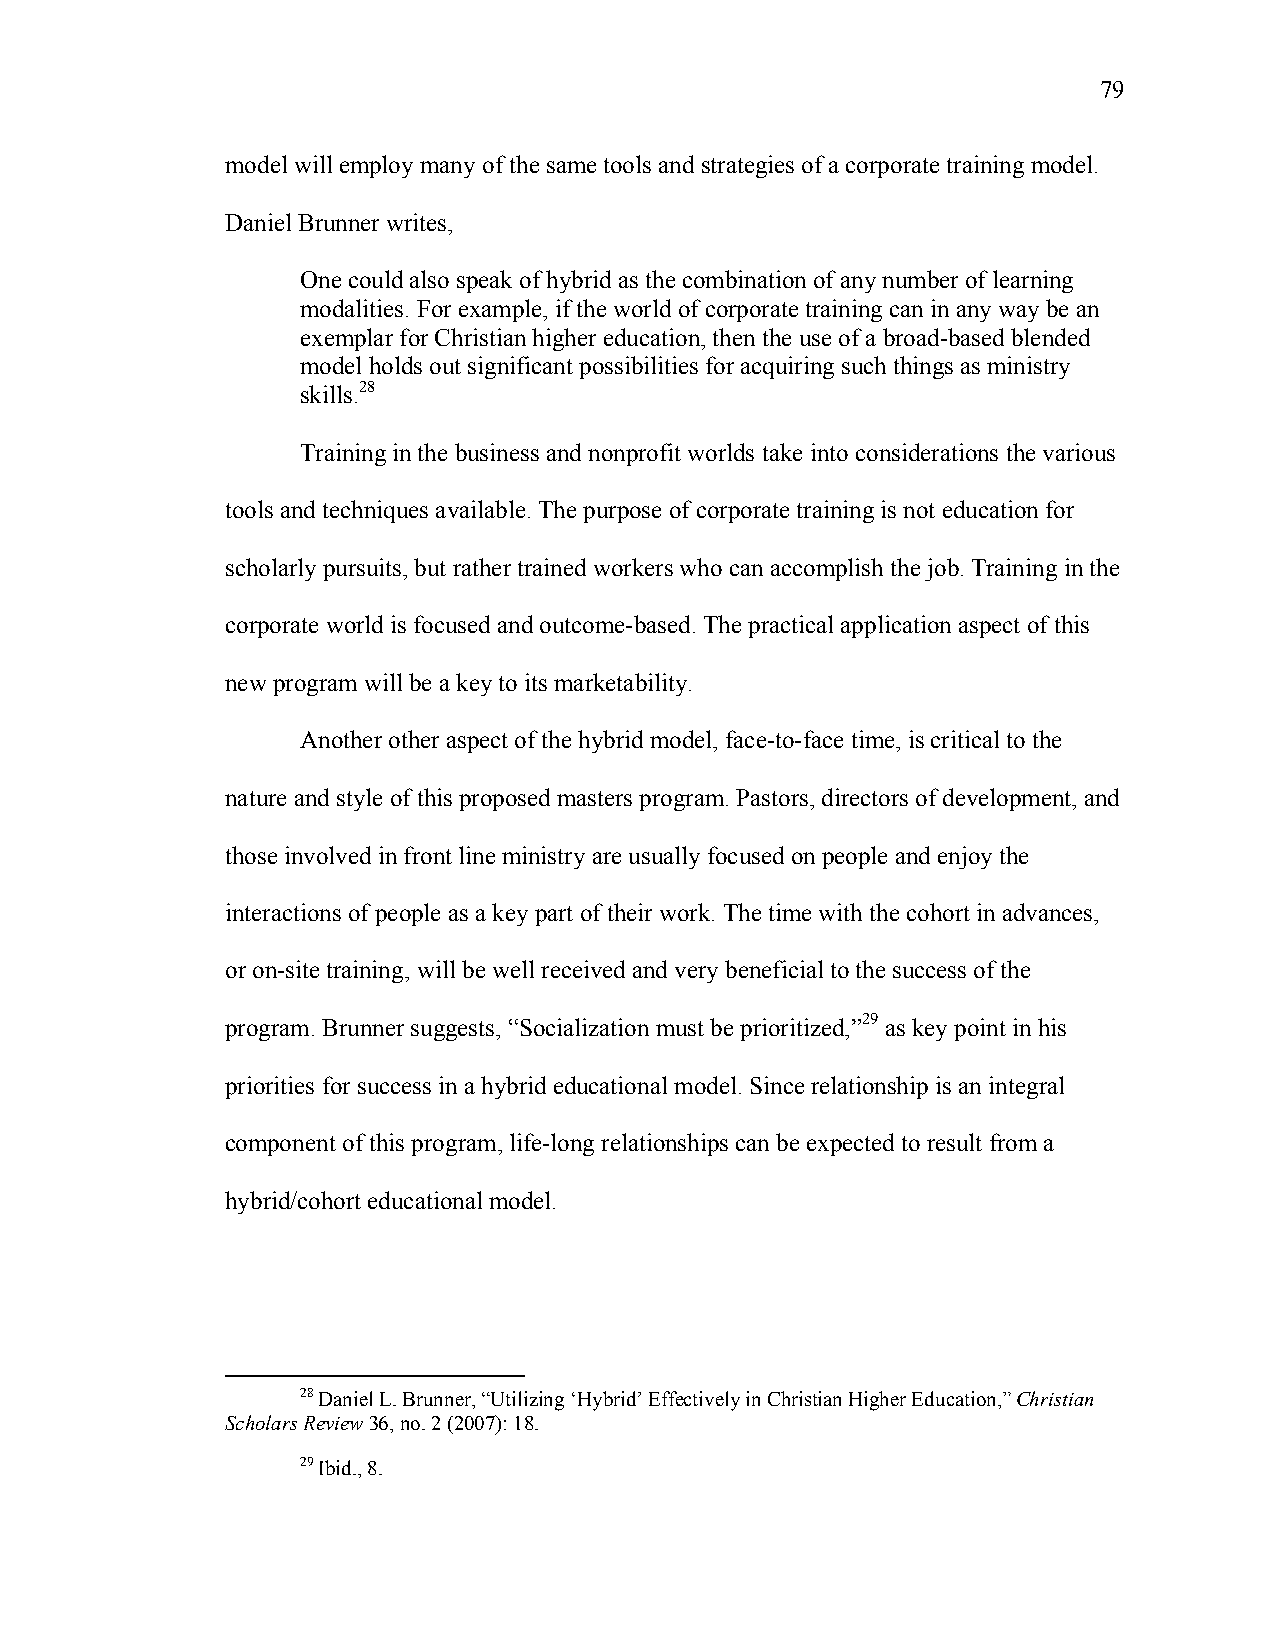
79
 model will employ many of the same tools and strategies of a corporate training model.
 Daniel Brunner writes,
 One could also speak of hybrid as the combination of any number of learning
 modalities. For example, if the world of corporate training can in any way be an
 exemplar for Christian higher education, then the use of a broad-based blended
 model holds out significant possibilities for acquiring such things as ministry
 skills.28
 Training in the business and nonprofit worlds take into considerations the various
 tools and techniques available. The purpose of corporate training is not education for
 scholarly pursuits, but rather trained workers who can accomplish the job. Training in the
 corporate world is focused and outcome-based. The practical application aspect of this
 new program will be a key to its marketability.
 Another other aspect of the hybrid model, face-to-face time, is critical to the
 nature and style of this proposed masters program. Pastors, directors of development, and
 those involved in front line ministry are usually focused on people and enjoy the
 interactions of people as a key part of their work. The time with the cohort in advances,
 or on-site training, will be well received and very beneficial to the success of the
 program. Brunner suggests, “Socialization must be prioritized,”29 as key point in his
 priorities for success in a hybrid educational model. Since relationship is an integral
 component of this program, life-long relationships can be expected to result from a
 hybrid/cohort educational model.
 28 Daniel L. Brunner, “Utilizing ‘Hybrid’ Effectively in Christian Higher Education,” Christian
 Scholars Review 36, no. 2 (2007): 18.
 29 Ibid., 8.